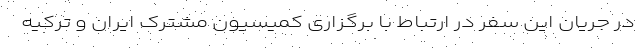
در جریان این سفر در ارتباط با برگزاری کمیسیون مشترک ایران و ترکیه